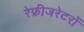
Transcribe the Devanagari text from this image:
रेफ्रीजरेटरों